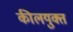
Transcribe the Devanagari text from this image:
कीलयुक्त